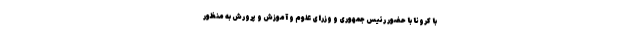
با کرونا با حضور رئیس جمهوری و وزرای علوم و آموزش و پرورش به منظور